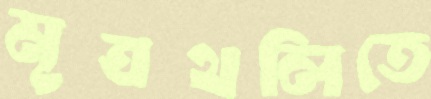
মূত্রথলিতে